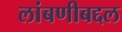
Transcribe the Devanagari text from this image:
लांबणीबद्दल